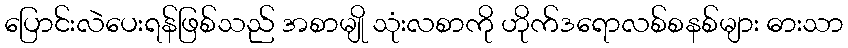
ပြောင်းလဲပေးရန်ဖြစ်သည် အစာမျို သုံးလစာကို ဟိုက်ဒရောလစ်စနစ်များ ဓားသာ